Treatise on elephants
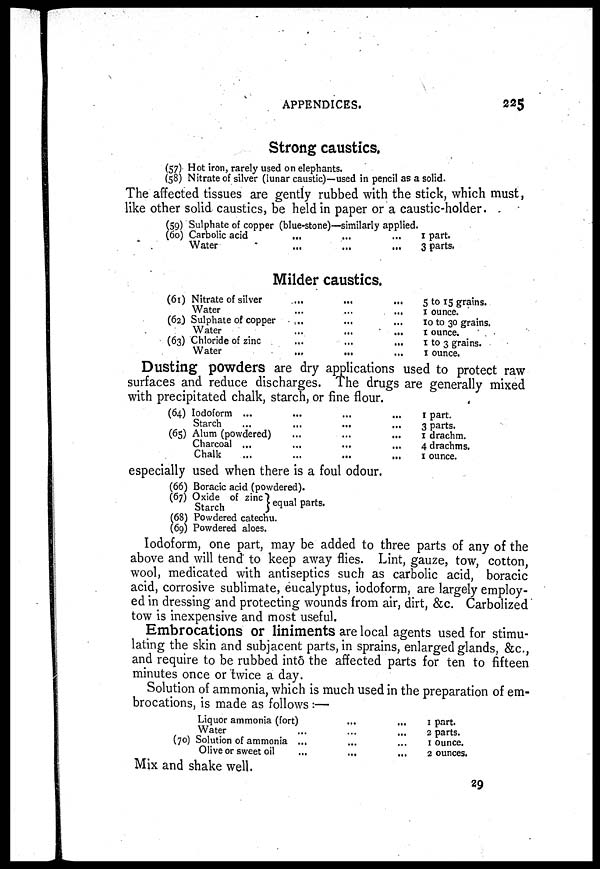
APPENDICES.
225
Strong caustics,
(57) Hot iron, rarely used on elephants.
(58) Nitrate of silver (lunar caustic)—used in pencil as a solid.
The affected tissues are gently rubbed with the stick, which must,
like other solid caustics, be held in paper or a caustic-holder.
(59) Sulphate of copper (blue-stone)—similarly applied.
(60) Carbolic acid
...
...
...
Water
...
...
...
1 part.
3 parts.
Milder caustics.
(61) Nitrate of silver ... ... ...
Water ... ... ...
(62) Sulphate of copper ... ... ...
Water ... ... ...
(63) Chloride of zinc ... ... ...
Water ... ... ...
5 to 15 grains.
1 ounce.
10 to 30 grains.
1 ounce.
1 to 3 grains.
1 ounce.
Dusting powders are dry applications used to protect raw
surfaces and reduce discharges. The drugs are generally mixed
with precipitated chalk, starch, or fine flour.
(64) Iodoform
...
...
...
Starch
...
...
...
(65) Alum (powdered)
...
...
...
Charcoal
...
...
...
Chalk
...
...
...
1 part.
3 parts.
1 drachm.
4 drachms.
1 ounce.
especially used when there is a foul odour.
(66) Boracic acid (powdered).
(67)
(68)
(69)
Oxide of zinc
Starch
}
equal parts.
Powdered catechu.
Powdered aloes.
Iodoform, one part, may be added to three parts of any of the
above and will tend to keep away flies. Lint, gauze, tow, cotton,
wool, medicated with antiseptics such as carbolic acid, boracic
acid, corrosive sublimate, eucalyptus, iodoform, are largely employ-
ed in dressing and protecting wounds from air, dirt, &c. Carbolized
tow is inexpensive and most useful.
Embrocations or liniments are local agents used for stimu-
lating the skin and subjacent parts, in sprains, enlarged glands, &c,
and require to be rubbed into the affected parts for ten to fifteen
minutes once or twice a day.
Solution of ammonia, which is much used in the preparation of em-
brocations, is made as follows :—
Liquor ammonia (fort)
...
...
Water
...
...
(70) Solution of ammonia ...
...
...
Olive or sweet oil
...
...
1 part.
2 parts.
1 ounce.
2 ounces.
Mix and shake well.
29